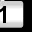
Digit: 1